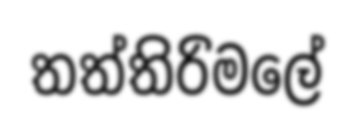
තත්තිරිමලේ